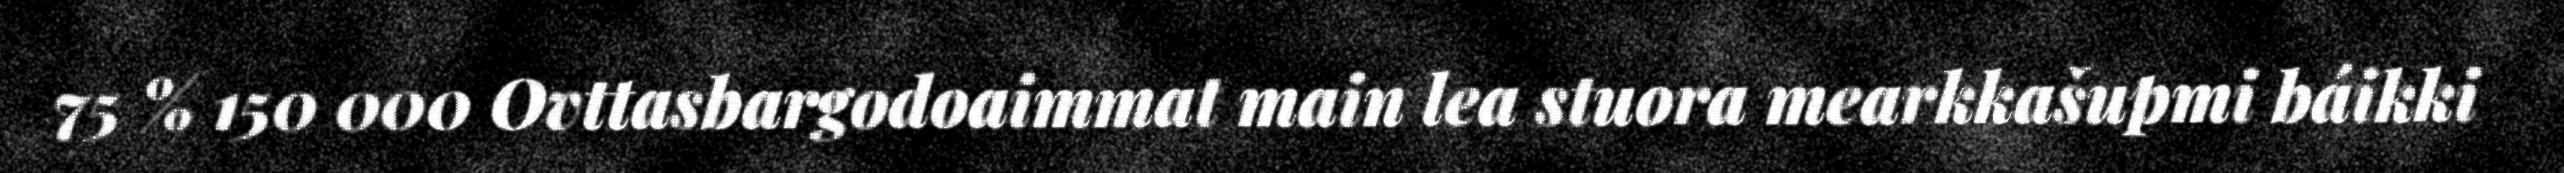
75 % 150 000 Ovttasbargodoaimmat main lea stuora mearkkašupmi báikki